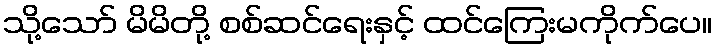
သို့သော် မိမိတို့ စစ်ဆင်ရေးနှင့် ထင်ကြေးမကိုက်ပေ။